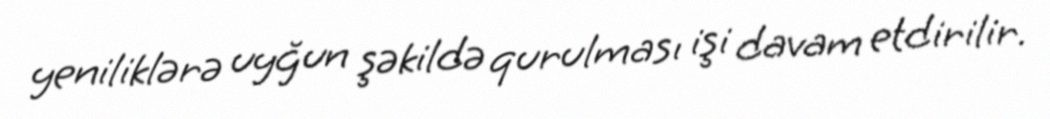
yeniliklərə uyğun şəkildə qurulması işi davam etdirilir.